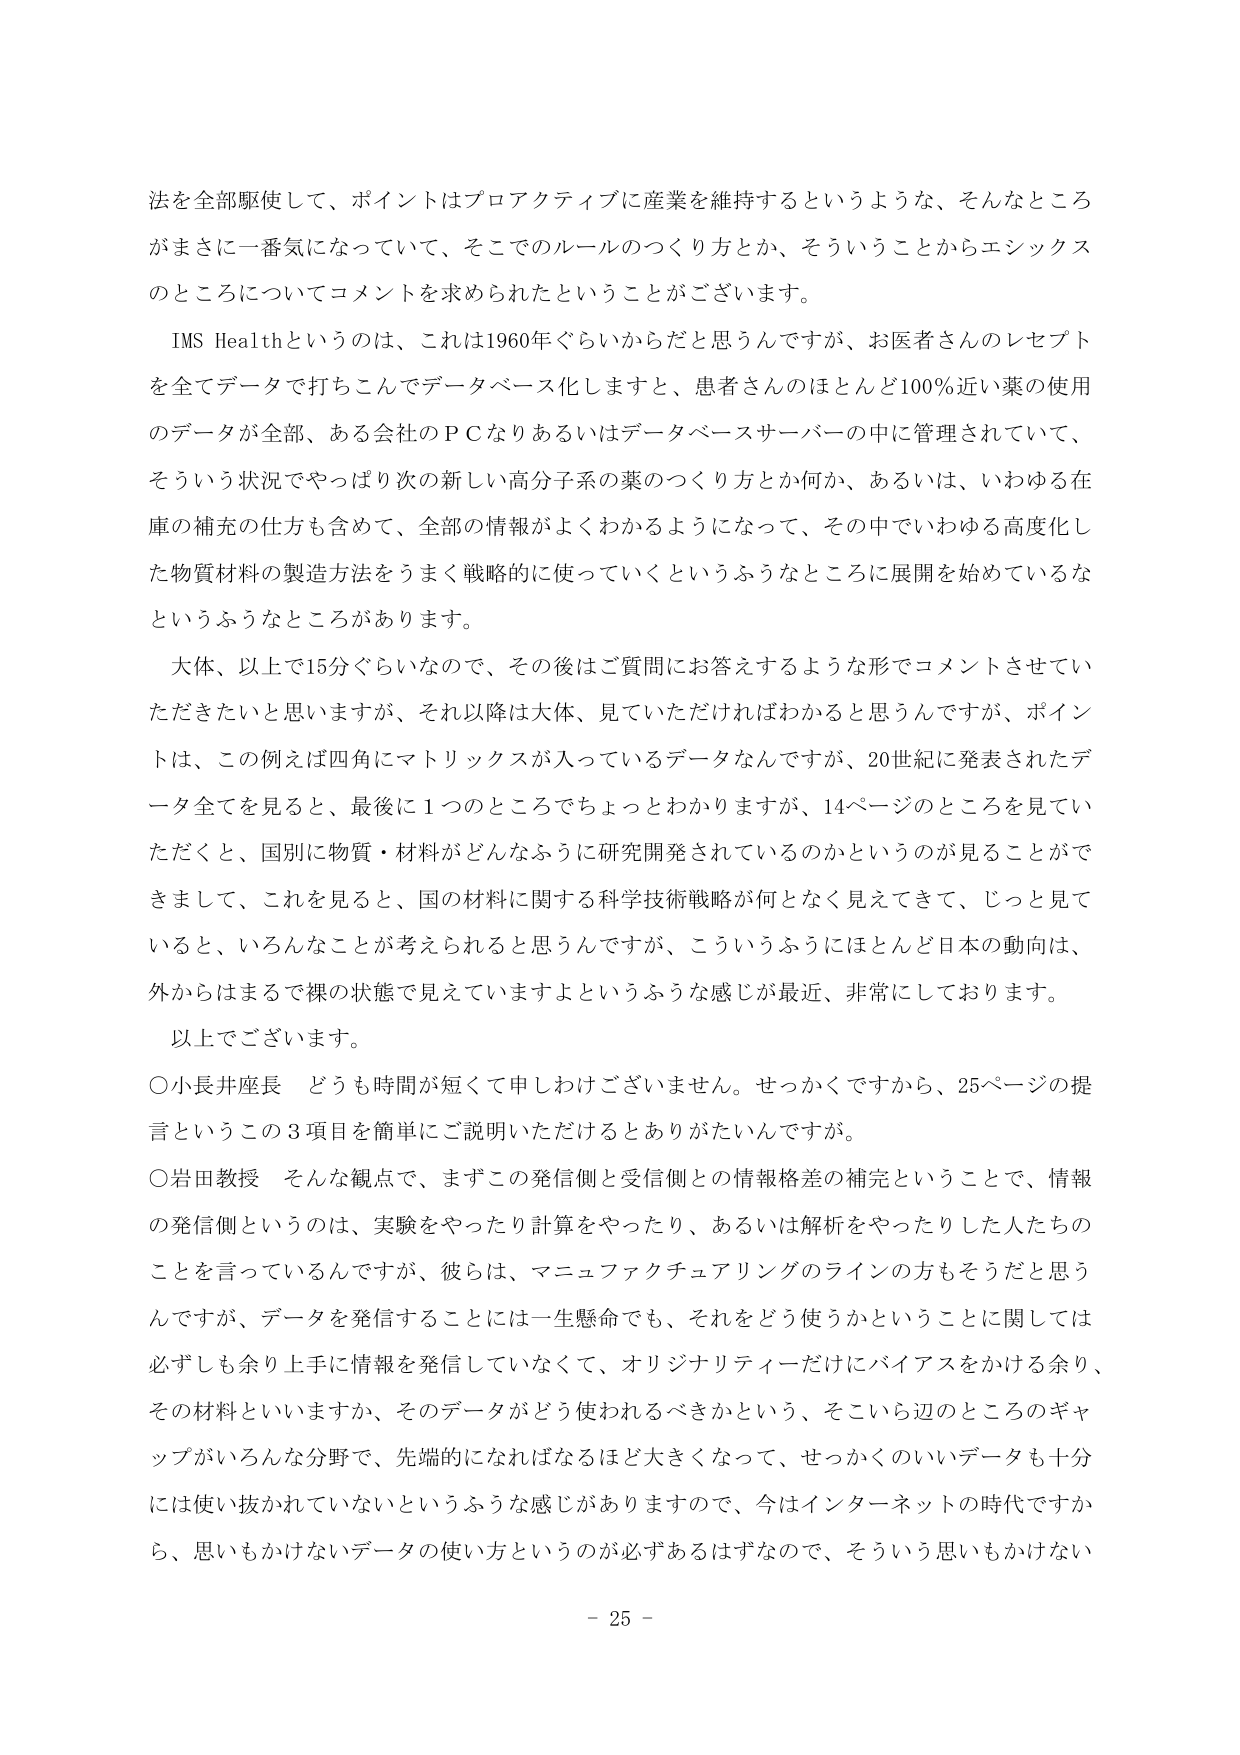
法を全部駆使して、ポイントはプロアクティブに産業を維持するというような、そんなところ
がまさに一番気になっていて、そこでのルールのつくり方とか、そういうことからエシックス
のところについてコメントを求められたということがございます。
IMS Healthというのは、これは1960年ぐらいからだと思うんですが、お医者さんのレセプト
を全てデータで打ちこんでデータベース化しますと、患者さんのほとんど100％近い薬の使用
のデータが全部、ある会社のＰＣなりあるいはデータベースサーバーの中に管理されていて、
そういう状況でやっぱり次の新しい高分子系の薬のつくり方とか何か、あるいは、いわゆる在
庫の補充の仕方も含めて、全部の情報がよくわかるようになって、その中でいわゆる高度化し
た物質材料の製造方法をうまく戦略的に使っていくというふうなところに展開を始めているな
というふうなところがあります。
大体、以上で15分ぐらいなので、その後はご質問にお答えするような形でコメントさせてい
ただきたいと思いますが、それ以降は大体、見ていただければわかると思うんですが、ポイン
トは、この例えば四角にマトリックスが入っているデータなんですが、20世紀に発表されたデ
ータ全てを見ると、最後に１つのところでちょっとわかりますが、14ページのところを見てい
ただくと、国別に物質・材料がどんなふうに研究開発されているのかというのが見ることがで
きまして、これを見ると、国の材料に関する科学技術戦略が何となく見えてきて、じっと見て
いると、いろんなことが考えられると思うんですが、こういうふうにはとんと日本の動向は、
外からはまるで裸の状態で見えていきますよというふうな感じが最近、非常にしております。
以上でございます。
○小長井座長　どうも時間が短くて申しわけございません。せっかくですから、25ページの提
言というこの３項目を簡単にご説明いただけるとありがたいんですが。
○岩田教授　そんな観点で、まずこの発信側と受信側との情報格差の補完ということで、情報
の発信側というのは、実験をやったり計算をやったり、あるいは解析をやったりした人たちの
ことを言っているんですが、彼らは、マニュファクチュアリングのラインの方もそうだと思う
んですが、データを発信することには一生懸命でも、それをどう使うかということに関しては
必ずしも余り上手に情報を発信していなくて、オリジナリティーだけにバイアスをかける余り、
その材料といいますか、そのデータがどう使われるべきかという、そこいら辺のところのギャ
ップがいろんな分野で、先端的になればなるほど大きくなって、せっかくのいいデータも十分
には使い抜かれていないというふうな感じがありますので、今はインターネットの時代ですか
ら、思いもかけないデータの使い方というのが必ずあるはずなので、そういう思いもかけない
－ 25 －